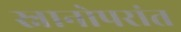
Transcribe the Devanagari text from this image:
स्नानोपरांत